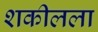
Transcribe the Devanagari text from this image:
शकीलला